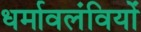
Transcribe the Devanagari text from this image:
धर्मावलंवियों